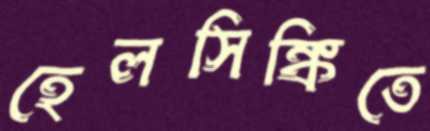
হেলসিঙ্কিতে